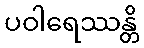
ပဝါရေဿန္တိ